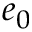
e _ { 0 }